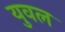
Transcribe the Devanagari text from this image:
युवल